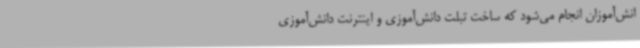
انش‌آموزان انجام می‌شود که ساخت تبلت دانش‌آموزی و اینترنت دانش‌آموزی